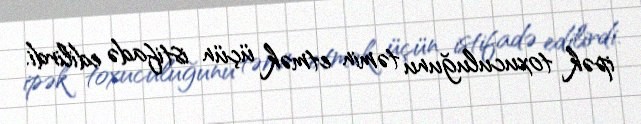
ipək toxuculuğunu təmin etmək üçün istifadə edilirdi.